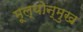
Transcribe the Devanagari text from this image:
मूल्योन्मुख